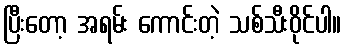
ပြီးတော့ အရမ်း ကောင်းတဲ့ သစ်သီးဝိုင်ပါ။